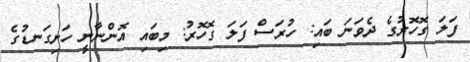
ފަލަ ގޮހޮރުގެ ދެވަނަ ބައި: ހުރަސް ފަލަ ގޮހޮރު: މިބައި އޮންނާނީ ހަށިގަނޑުގެ